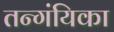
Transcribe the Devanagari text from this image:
तन्गंयिका